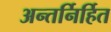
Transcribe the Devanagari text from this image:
अन्तर्निर्हित